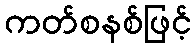
ကတ်စနစ်ဖြင့်